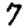
Digit: 7